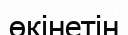
өкінетін